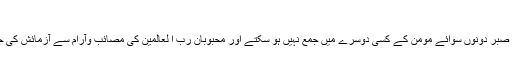
مجلس 3)
* فقر اور صبر دونوں سوائے مومن کے کسی دوسرے میں جمع نہیں ہو سکتے اور محبوبانِ رب ا لعالمین کی مصائب وآرام سے آزمائش کی جاتی ہے ۔